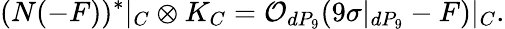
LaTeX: (N(-F))^{*}|_{C}\otimes K_{C}={\cal O}_{dP_{9}}(9\sigma|_{dP_{9}}-F)|_{C}.